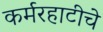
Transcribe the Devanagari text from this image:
कर्मरहाटीचे